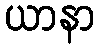
ယာနာ